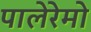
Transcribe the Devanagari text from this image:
पालेरेमो